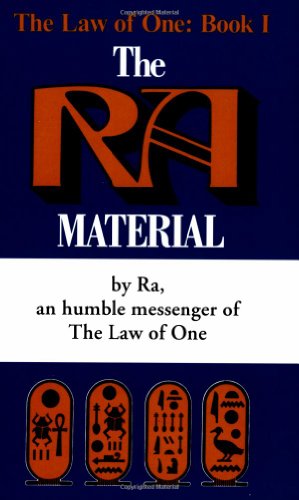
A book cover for The Ra Material: An Ancient Astronaut Speaks (Law of One); Don Elkins; Science & Math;